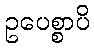
ဥပေစ္စာပိ